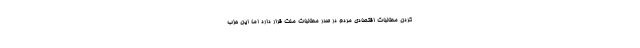
کردن مطالبات اقتصادی مردم در صدر مطالبات ملت قرار دارد اما این حزب